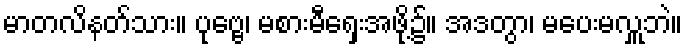
မာတလိနတ်သား။ ပုဗ္ဗေ၊ မစားမီရှေးအဖို့၌။ အဒတွာ၊ မပေးမလှူဘဲ။